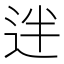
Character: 𨒃